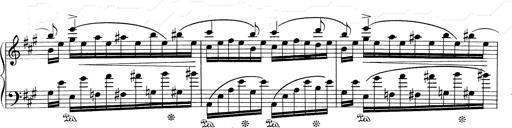
Title: RÃ©miniscences de Don Juan
Composer: Franz Liszt